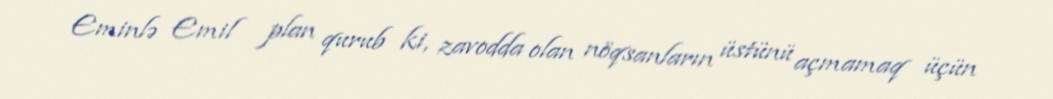
Eminlə Emil plan qurub ki, zavodda olan nöqsanların üstünü açmamaq üçün